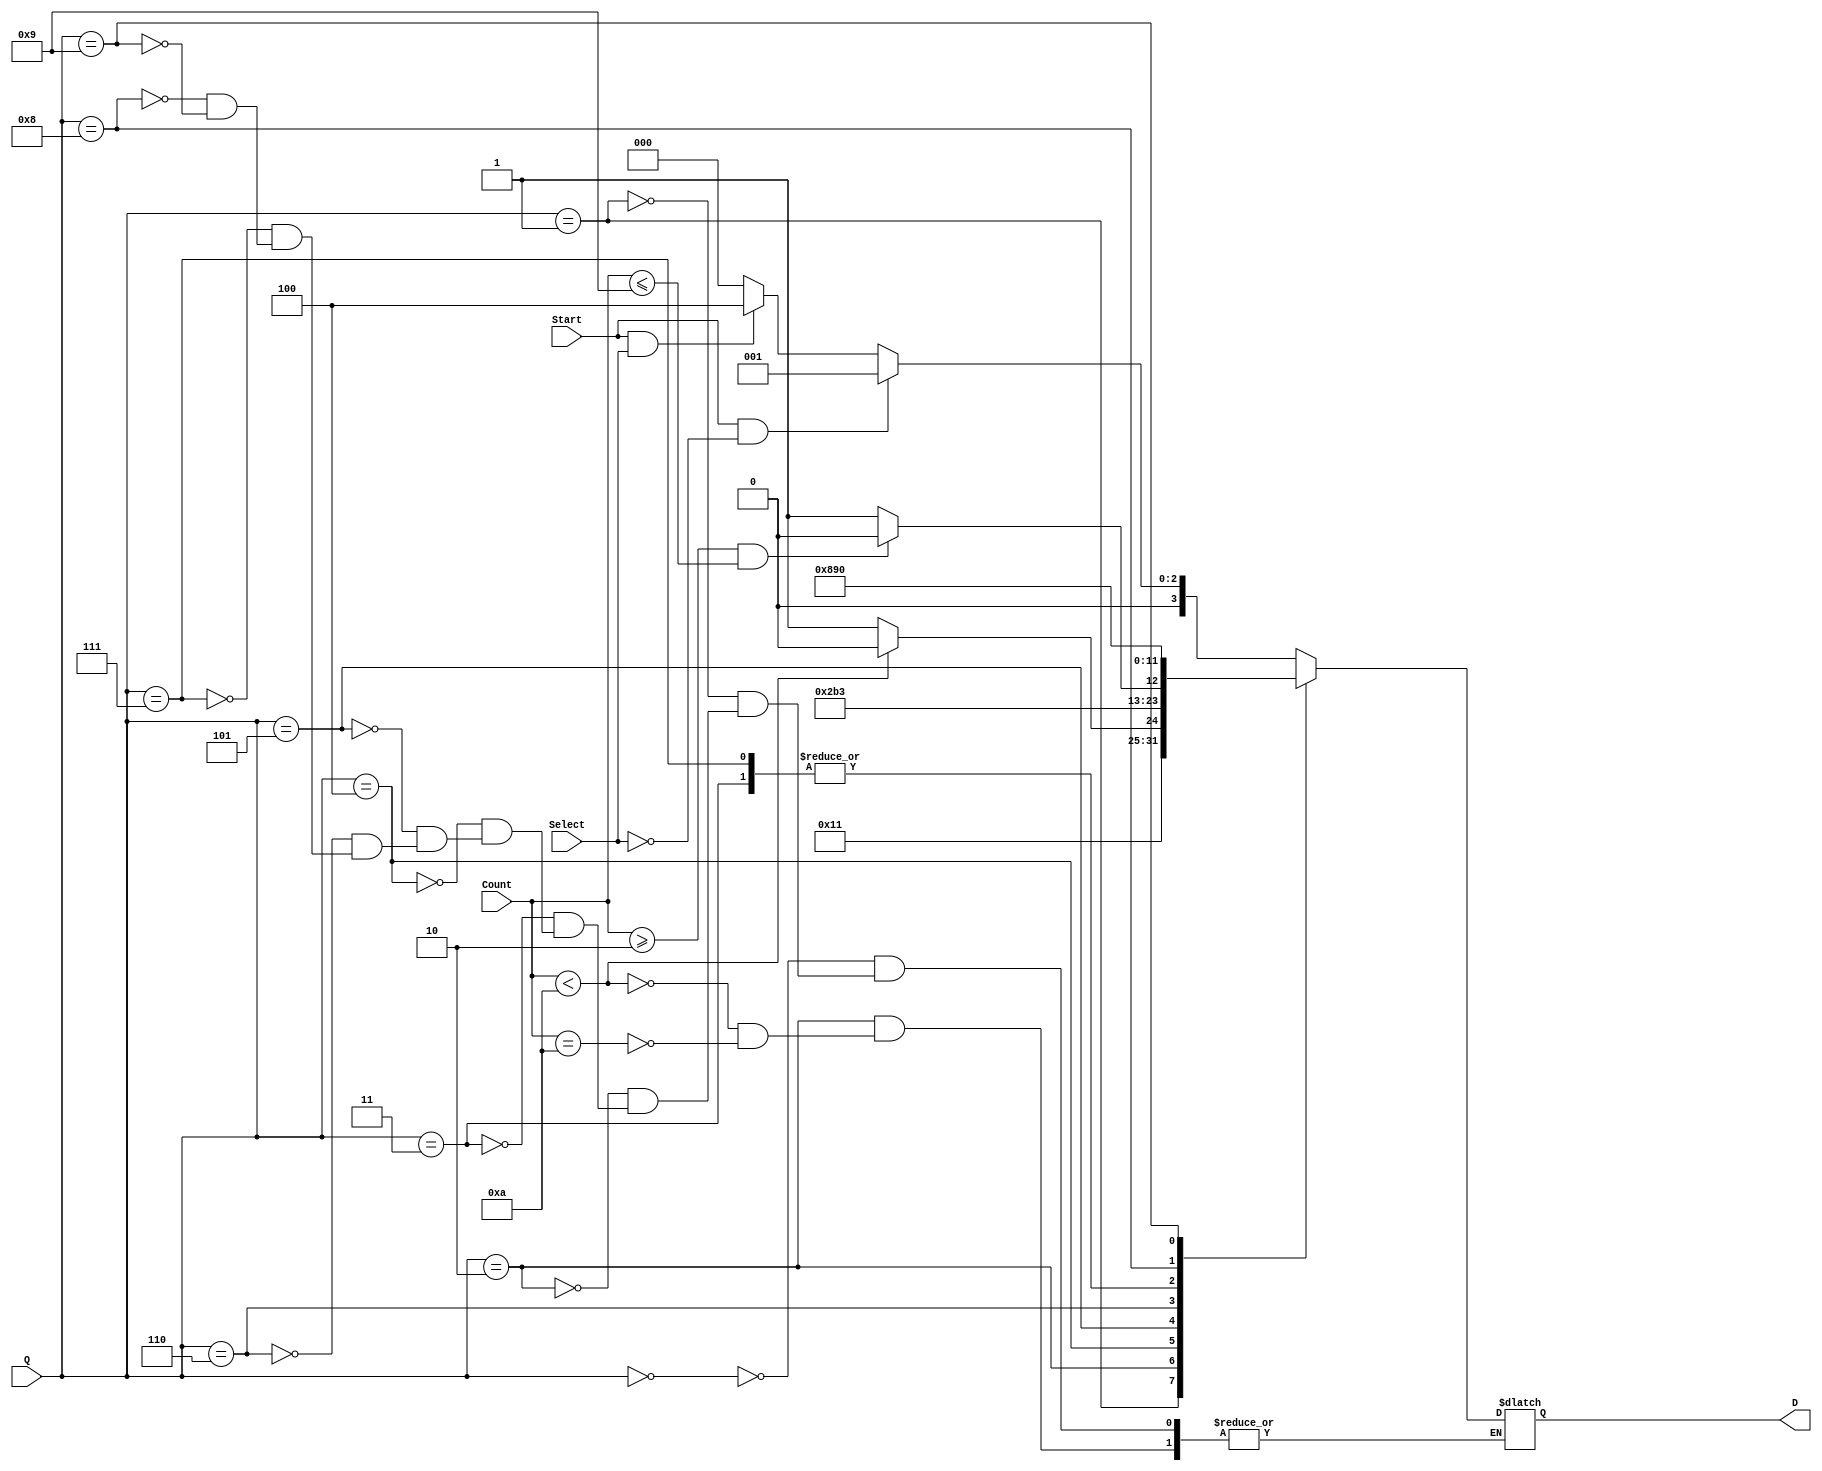
module NEXT(Start, Select, Count, Q, D);
  parameter [3:0] S0 = 4'b0000;
  parameter [3:0] S1 = 4'b0001;
  parameter [3:0] S2 = 4'b0010;
  parameter [3:0] S3 = 4'b0011;
  parameter [3:0] S4 = 4'b0100;
  parameter [3:0] S5 = 4'b0101;
  parameter [3:0] S6 = 4'b0110;
  parameter [3:0] S7 = 4'b0111;
  parameter [3:0] S8 = 4'b1000;
  parameter [3:0] S9 = 4'b1001;
  input [3:0] Q;
  input [3:0] Count;
  input Start, Select;
  output reg [3:0] D;
  always @ (*)
  begin
    case(Q)
      S0: begin if (Start == 1 && Select == 0) D <= S1;
                else if (Start == 1 && Select == 1) D <= S4;
                else D <= S0;
                end
      S1: D <= S2;
      S2: begin if (Count < 10) D <= S2;
                else if (Count == 10) D <= S3;
                end
      S3: D <= S8;
      S4: D <= S5;
      S5: D <= S6;
      S6: begin if (Count >= 2 && Count <= 9) D <= S6;
                else D <= S7;
                end
      S7: D <= S8;
      S8: D <= S9;
      S9: D <= S0;
    endcase
    end
  endmodule